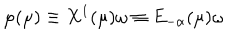
\varphi ( \mu ) \equiv X ^ { 1 } ( \mu ) \omega \equiv E _ { - \alpha } ( \mu ) \omega